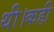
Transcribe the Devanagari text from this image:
थी।कही